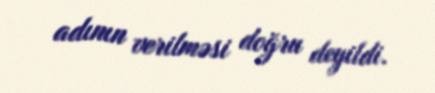
adının verilməsi doğru deyildi.